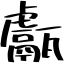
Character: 甗